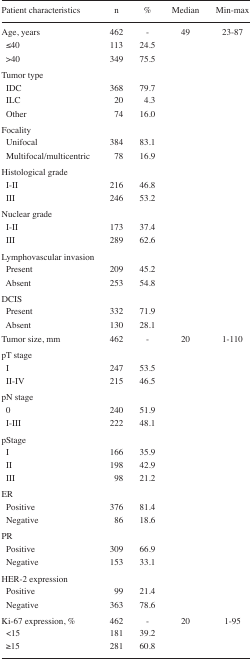
<table><thead><tr><td><b>Patient characteristics</b></td><td><b>n</b></td><td><b>%</b></td><td><b>Median</b></td><td><b>Min-max</b></td></tr></thead><tbody><tr><td>Age, years</td><td>462</td><td>-</td><td>49</td><td>23–87</td></tr><tr><td> ≤40</td><td>113</td><td>24.5</td><td></td><td></td></tr><tr><td> &gt;40</td><td>349</td><td>75.5</td><td></td><td></td></tr><tr><td colspan="5">Tumor type</td></tr><tr><td> IDC</td><td>368</td><td>79.7</td><td></td><td></td></tr><tr><td> ILC</td><td>20</td><td>4.3</td><td></td><td></td></tr><tr><td> Other</td><td>74</td><td>16.0</td><td></td><td></td></tr><tr><td colspan="5">Focality</td></tr><tr><td> Unifocal</td><td>384</td><td>83.1</td><td></td><td></td></tr><tr><td> Multifocal/multicentric</td><td>78</td><td>16.9</td><td></td><td></td></tr><tr><td colspan="5">Histological grade</td></tr><tr><td> I–II</td><td>216</td><td>46.8</td><td></td><td></td></tr><tr><td> III</td><td>246</td><td>53.2</td><td></td><td></td></tr><tr><td colspan="5">Nuclear grade</td></tr><tr><td> I–II</td><td>173</td><td>37.4</td><td></td><td></td></tr><tr><td> III</td><td>289</td><td>62.6</td><td></td><td></td></tr><tr><td colspan="5">Lymphovascular invasion</td></tr><tr><td> Present</td><td>209</td><td>45.2</td><td></td><td></td></tr><tr><td> Absent</td><td>253</td><td>54.8</td><td></td><td></td></tr><tr><td colspan="5">DCIS</td></tr><tr><td> Present</td><td>332</td><td>71.9</td><td></td><td></td></tr><tr><td> Absent</td><td>130</td><td>28.1</td><td></td><td></td></tr><tr><td>Tumor size, mm</td><td>462</td><td>-</td><td>20</td><td>1–110</td></tr><tr><td colspan="5">pT stage</td></tr><tr><td> I</td><td>247</td><td>53.5</td><td></td><td></td></tr><tr><td> II–IV</td><td>215</td><td>46.5</td><td></td><td></td></tr><tr><td colspan="5">pN stage</td></tr><tr><td> 0</td><td>240</td><td>51.9</td><td></td><td></td></tr><tr><td> I–III</td><td>222</td><td>48.1</td><td></td><td></td></tr><tr><td colspan="5">pStage</td></tr><tr><td> I</td><td>166</td><td>35.9</td><td></td><td></td></tr><tr><td> II</td><td>198</td><td>42.9</td><td></td><td></td></tr><tr><td> III</td><td>98</td><td>21.2</td><td></td><td></td></tr><tr><td colspan="5">ER</td></tr><tr><td> Positive</td><td>376</td><td>81.4</td><td></td><td></td></tr><tr><td> Negative</td><td>86</td><td>18.6</td><td></td><td></td></tr><tr><td colspan="5">PR</td></tr><tr><td> Positive</td><td>309</td><td>66.9</td><td></td><td></td></tr><tr><td> Negative</td><td>153</td><td>33.1</td><td></td><td></td></tr><tr><td colspan="5">HER-2 expression</td></tr><tr><td> Positive</td><td>99</td><td>21.4</td><td></td><td></td></tr><tr><td> Negative</td><td>363</td><td>78.6</td><td></td><td></td></tr><tr><td>Ki-67 expression, %</td><td>462</td><td>-</td><td>20</td><td>1–95</td></tr><tr><td> &lt;15</td><td>181</td><td>39.2</td><td></td><td></td></tr><tr><td> ≥15</td><td>281</td><td>60.8</td><td></td><td></td></tr></tbody></table>